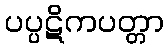
ပပ္ပဋိကပတ္တာ